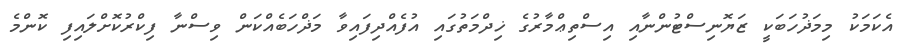
އެކަމަކު މިމަޛުހަބަކީ ޒަޔޮނިސްޓުންނާއި އިސްތިޢްމާރުގެ ޚިދްމަތުގައި އުފެއްދިފައިވާ މަޛްހަބެއްކަން ވިސްނާ ފިކްރުކޮށްލައިފި ކޮންމެ